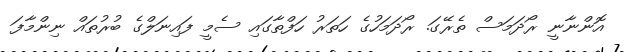
އޮންނާނީ ރޯދަމަސް ތެރޭގަ. ރޯދަމަހުގެ ހަތަރު ހަފްތާގައި ސެމީ ފައިނަލްގެ ބުރުތައް ނިންމާފަ